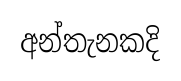
අන්තැනකදි